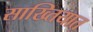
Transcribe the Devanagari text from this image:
साख्तियात